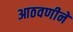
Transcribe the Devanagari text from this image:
आठवणीने